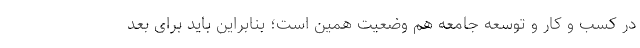
در کسب و کار و توسعه جامعه هم وضعیت همین است؛ بنابراین باید برای بعد